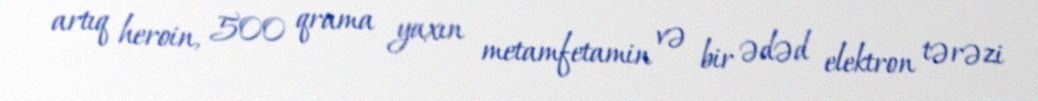
artıq heroin, 500 qrama yaxın metamfetamin və bir ədəd elektron tərəzi